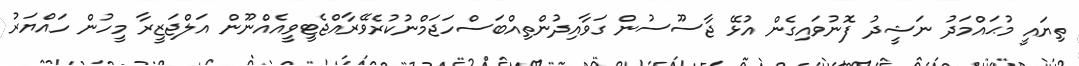
ތިޔައީ މުޙައްމަދު ނަޝީދު ފޮނުވައިގެން އުޅޭ ޖާސޫސުން ގަވާއިދުންތިއްބަސްހަޖަމްނުކުރެވޭރާއްޖެޓީވީއެއްނޫން އަލްޖަޒީރާ މީހުން ހައްޔަރު